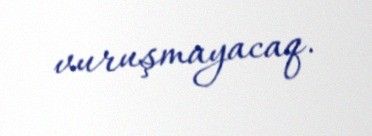
vuruşmayacaq.